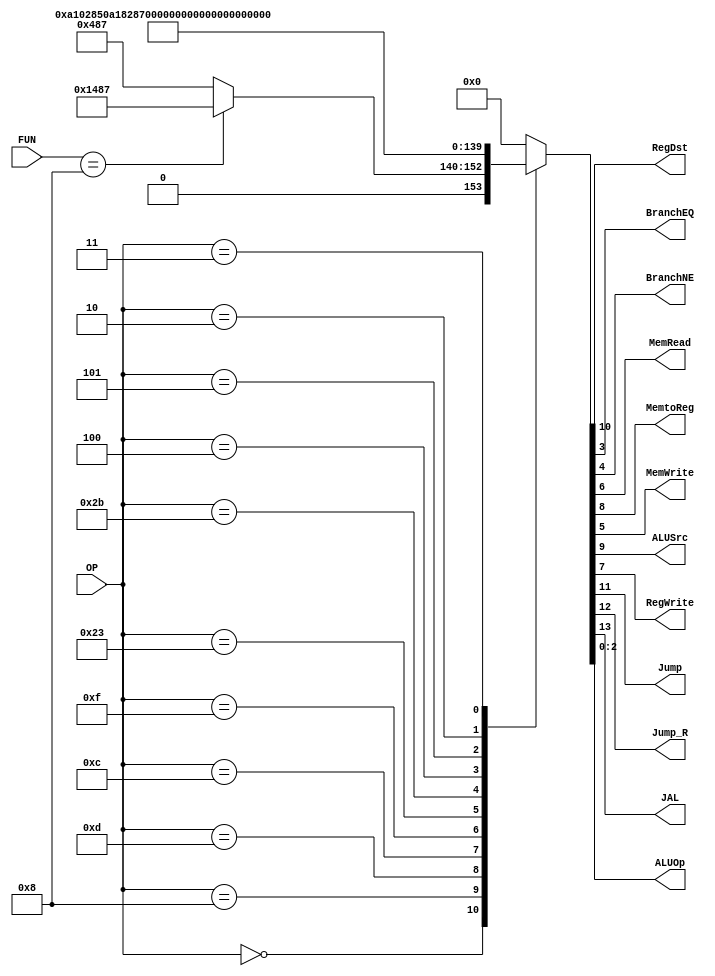
/******************************************************************
* Description
*	This is control unit for the MIPS processor. The control unit is 
*	in charge of generation of the control signals. Its only input 
*	corresponds to opcode from the instruction.
*	1.0
* Author:
*	Dr. Jos Luis Pizano Escalante
* email:
*	luispizano@iteso.mx
* Date:
*	01/03/2014
******************************************************************/
module Control
(
	input [5:0]OP,
	input [5:0]FUN,
	
	output RegDst,
	output BranchEQ,
	output BranchNE,
	output MemRead,
	output MemtoReg,
	output MemWrite,
	output ALUSrc,
	output RegWrite,
	output Jump,
	output Jump_R,
	output JAL,
	output [2:0]ALUOp
);
localparam R_Type = 0;
localparam I_Type_ADDI = 6'h08;
localparam I_Type_ORI  = 6'h0d;
localparam I_Type_ANDI = 6'h0c;
localparam I_Type_LUI  = 6'h0f;
localparam I_Type_LW	  = 6'h23;
localparam I_Type_SW   = 6'h2b;
localparam I_Type_BE	  = 6'h04;
localparam I_Type_BNE  = 6'h05;
localparam J_Type_JUMP = 6'h02;
localparam J_Type_JAL = 6'h03;

reg [13:0] ControlValues;


always@(OP or FUN) begin
	case(OP)
		R_Type:
		case(FUN)
			6'h08:   ControlValues = 14'b0101_001_00_00_111;
			default:
				ControlValues= 14'b0001_001_00_00_111;
		endcase
		I_Type_ADDI:  ControlValues= 14'b0000_101_00_00_100;
		I_Type_ORI:	  ControlValues= 14'b0000_101_00_00_101;
		I_Type_ANDI:  ControlValues= 14'b0000_101_00_00_110;
		I_Type_LUI:	  ControlValues= 14'b0000_101_00_00_111;
		I_Type_LW:	  ControlValues= 14'b0000_111_10_00_001;
		I_Type_SW:	  ControlValues= 14'b0000_100_01_00_011;
		
		I_Type_BE:	  ControlValues= 14'b0000_000_00_01_010;
		I_Type_BNE:	  ControlValues= 14'b0000_000_00_10_010;
		
		J_Type_JUMP:  ControlValues= 14'b0010_000_00_00_000;
		J_Type_JAL :  ControlValues= 14'b1010_001_00_00_000; 
		default:
			ControlValues= 14'b00000000000000;
		endcase
end	

assign JAL = ControlValues[13];
assign Jump_R = ControlValues[12];	
assign Jump   = ControlValues[11];	
assign RegDst = ControlValues[10];
assign ALUSrc = ControlValues[9];
assign MemtoReg = ControlValues[8];
assign RegWrite = ControlValues[7];
assign MemRead = ControlValues[6];
assign MemWrite = ControlValues[5];
assign BranchNE = ControlValues[4];
assign BranchEQ = ControlValues[3];
assign ALUOp = ControlValues[2:0];	

endmodule